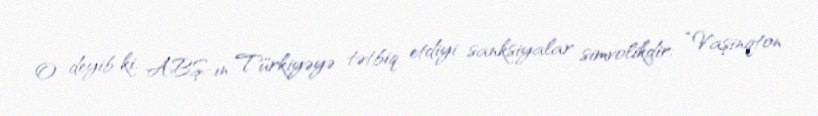
O deyib ki, ABŞ-ın Türkiyəyə tətbiq etdiyi sanksiyalar simvolikdir: “Vaşinqton